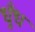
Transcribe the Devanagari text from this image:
धुँध